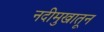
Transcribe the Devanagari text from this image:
नदीमुखातून